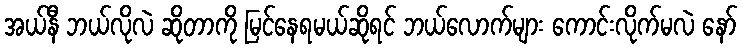
အယ်နီ ဘယ်လိုလဲ ဆိုတာကို မြင်နေရမယ်ဆိုရင် ဘယ်လောက်များ ကောင်းလိုက်မလဲ နော်